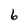
Character: 6